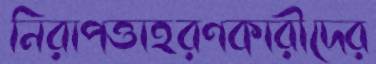
নিরাপত্তাহরণকারীদের